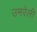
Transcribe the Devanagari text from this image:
उमरेली